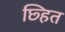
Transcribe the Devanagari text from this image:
छ्हित